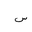
Letter: _sin